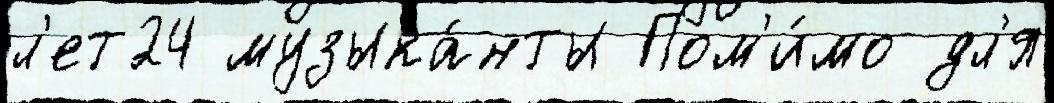
л'ет24 музыка́нты Пом'и́мо дл'я